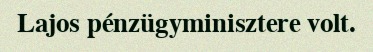
Lajos pénzügyminisztere volt.